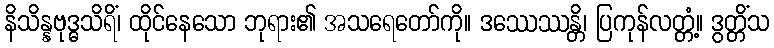
နိသိန္နဗုဒ္ဓသိရိံ၊ ထိုင်နေသော ဘုရား၏ အသရေတော်ကို။ ဒဿေဿန္တိ၊ ပြကုန်လတ္တံ့။ ဒွတ္တိံသ